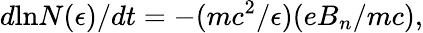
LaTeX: d\mathrm{ln}N(\epsilon)/dt=-(mc^{2}/\epsilon)(eB_{n}/mc),